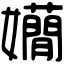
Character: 𡤃